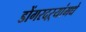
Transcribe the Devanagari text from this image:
डोंगरदऱ्यांमधे